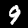
Label: 9